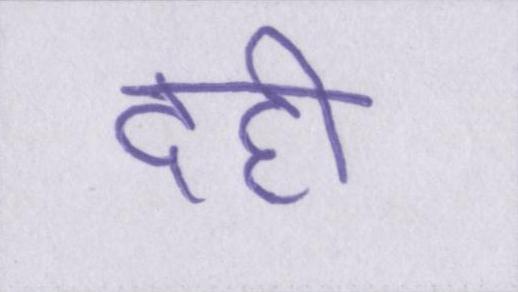
दही